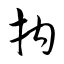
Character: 拘